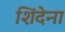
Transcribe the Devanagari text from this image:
शिंदेना